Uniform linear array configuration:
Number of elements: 64
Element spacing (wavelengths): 0.5
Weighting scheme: blackman
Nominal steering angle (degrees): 0
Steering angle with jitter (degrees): -1.791
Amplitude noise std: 0.05
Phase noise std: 0.05

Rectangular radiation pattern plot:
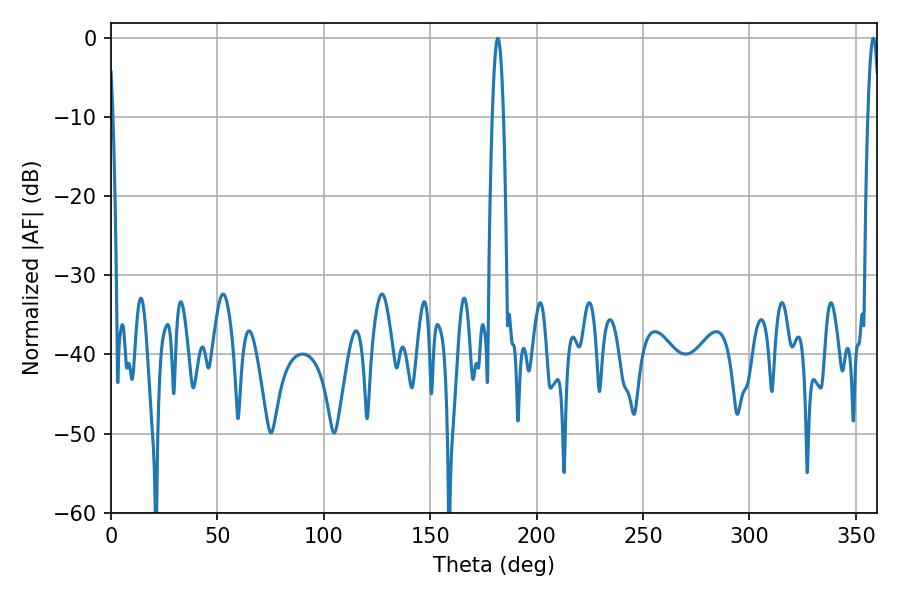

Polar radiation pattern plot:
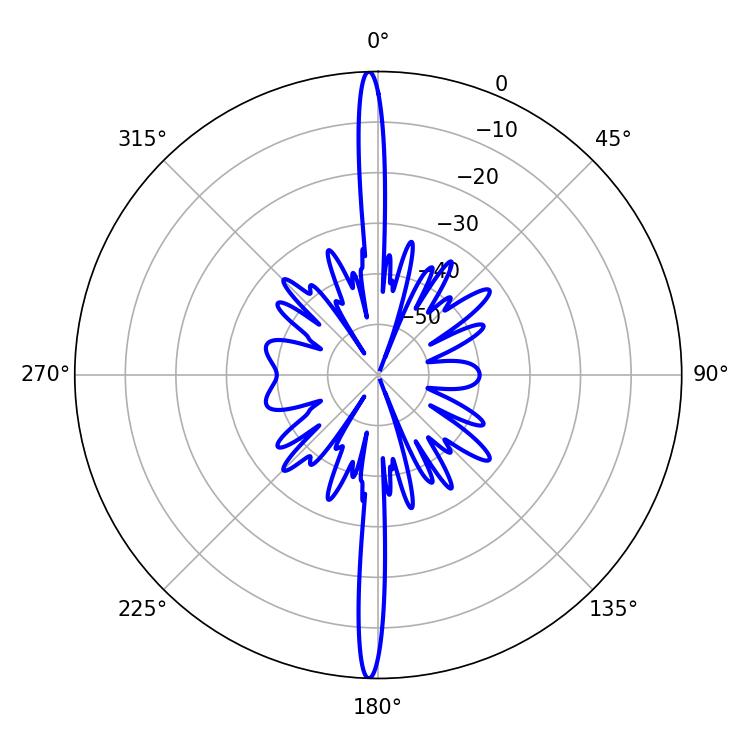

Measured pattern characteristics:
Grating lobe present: FALSE
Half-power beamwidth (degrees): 2.88
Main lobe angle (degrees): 181.8